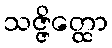
သဇ္ဇိတ္ထော